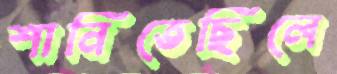
শানিতেছিলে